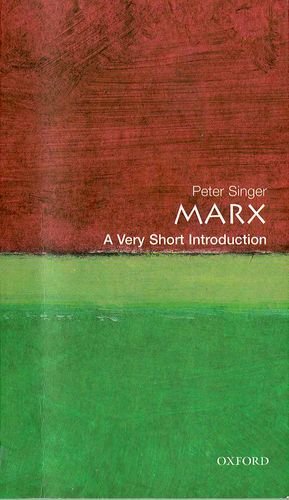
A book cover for Marx: A Very Short Introduction; Peter Singer; Politics & Social Sciences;